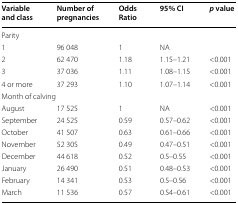
<table><thead><tr><td><b>Variable and class</b></td><td><b>Number of pregnancies</b></td><td><b>Odds Ratio</b></td><td><b>95% CI</b></td><td><b><i>p</i> value</b></td></tr></thead><tbody><tr><td colspan="5">Parity</td></tr><tr><td>1</td><td>96 048</td><td>1</td><td>NA</td><td></td></tr><tr><td>2</td><td>62 470</td><td>1.18</td><td>1.15–1.21</td><td>&lt;0.001</td></tr><tr><td>3</td><td>37 036</td><td>1.11</td><td>1.08–1.15</td><td>&lt;0.001</td></tr><tr><td>4 or more</td><td>37 293</td><td>1.10</td><td>1.07–1.14</td><td>&lt;0.001</td></tr><tr><td colspan="5">Month of calving</td></tr><tr><td>August</td><td>17 525</td><td>1</td><td>NA</td><td>&lt;0.001</td></tr><tr><td>September</td><td>24 525</td><td>0.59</td><td>0.57–0.62</td><td>&lt;0.001</td></tr><tr><td>October</td><td>41 507</td><td>0.63</td><td>0.61–0.66</td><td>&lt;0.001</td></tr><tr><td>November</td><td>52 305</td><td>0.49</td><td>0.47–0.51</td><td>&lt;0.001</td></tr><tr><td>December</td><td>44 618</td><td>0.52</td><td>0.5–0.55</td><td>&lt;0.001</td></tr><tr><td>January</td><td>26 490</td><td>0.51</td><td>0.48–0.53</td><td>&lt;0.001</td></tr><tr><td>February</td><td>14 341</td><td>0.53</td><td>0.5–0.56</td><td>&lt;0.001</td></tr><tr><td>March</td><td>11 536</td><td>0.57</td><td>0.54–0.61</td><td>&lt;0.001</td></tr></tbody></table>